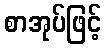
စာအုပ်ဖြင့်